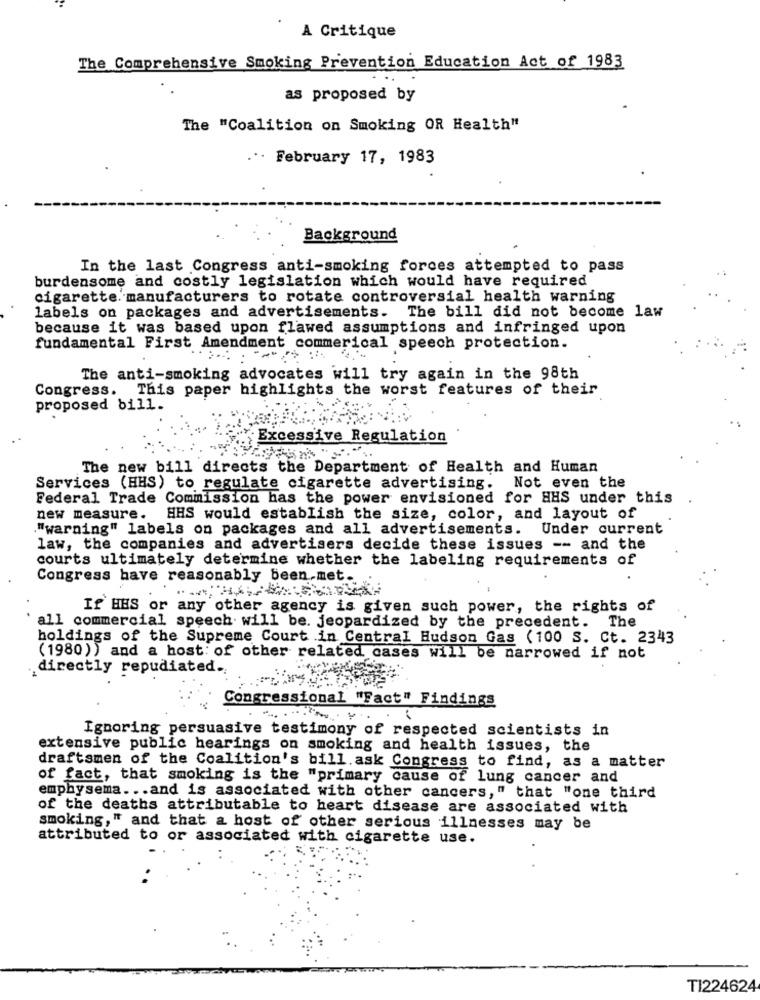
A Critique
The Comprehensive Smoking Prevention Education Act of 1983
as proposed by
The "Coalition on Smoking OR Health"
...
February 17, 1983
Background
In the last Congress anti-smoking forces attempted to pass
burdensome and costly legislation which would have required
cigarette. manufacturers to rotate controversial health warning
labels on packages and advertisements. The bill did not become law
because it was based upon flawed assumptions and infringed upon
fundamental First Amendment commerical speech protection.
The anti-smoking advocates will try again in the 98th
Congress. This paper highlights the worst features of their
proposed bill.
Excessive Regulation
The new bill directs the Department of Health and Human
Services (HHS) to regulate cigarette advertising. Not even the
Federal Trade Commission has the power envisioned for HHS under this
new measure. HHS would establish the size, color, and layout of
."warning" labels on packages and all advertisements. Under current
law, the companies and advertisers decide these issues -- and the
courts ultimately determine whether the labeling requirements of
Congress have reasonably been.met.
If HES or any other agency is given such power, the rights of
all commercial speech will be. jeopardized by the precedent. The
holdings of the Supreme Court in Central Hudson Gas (100 S. Ct. 2343
(1980)) and a host: of other related cases will be narrowed if not
.directly repudiated.
Congressional "Fact" Findings
Ignoring persuasive testimony of respected scientists in
extensive public hearings on smoking and health issues, the
draftsmen of the Coalition's bill. ask Congress to find, as a matter
of fact, that smoking is the "primary cause of lung cancer and
emphysema ... and is associated with other cancers," that "one third
of the deaths attributable to heart disease are associated with
smoking," and that a host of other serious illnesses may be
attributed to or associated with cigarette use.
TI224624